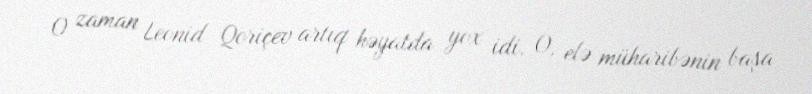
O zaman Leonid Qoriçev artıq həyatda yox idi. O, elə müharibənin başa